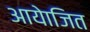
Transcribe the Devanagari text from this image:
आयेाजित